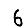
Digit: 6